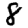
Digit: 8